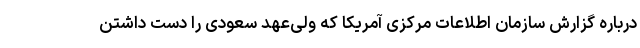
درباره گزارش سازمان اطلاعات مرکزی آمریکا که ولی‌عهد سعودی را دست داشتن